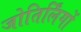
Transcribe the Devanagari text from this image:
जोतिर्लिंगों